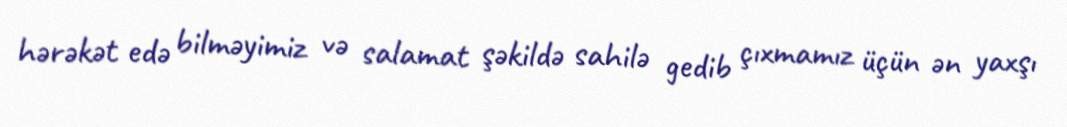
hərəkət edə bilməyimiz və salamat şəkildə sahilə gedib çıxmamız üçün ən yaxşı